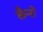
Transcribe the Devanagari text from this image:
छैनों